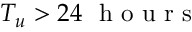
T _ { u } > 2 4 \ \mathrm { ~ h ~ o ~ u ~ r ~ s ~ }